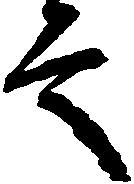
言